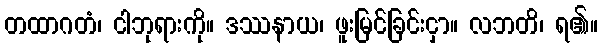
တထာဂတံ၊ ငါဘုရားကို။ ဒဿနာယ၊ ဖူးမြင်ခြင်းငှာ။ လဘတိ၊ ရ၏။